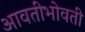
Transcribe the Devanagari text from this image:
आवतीभोवती